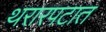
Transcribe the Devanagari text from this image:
थरारपटात